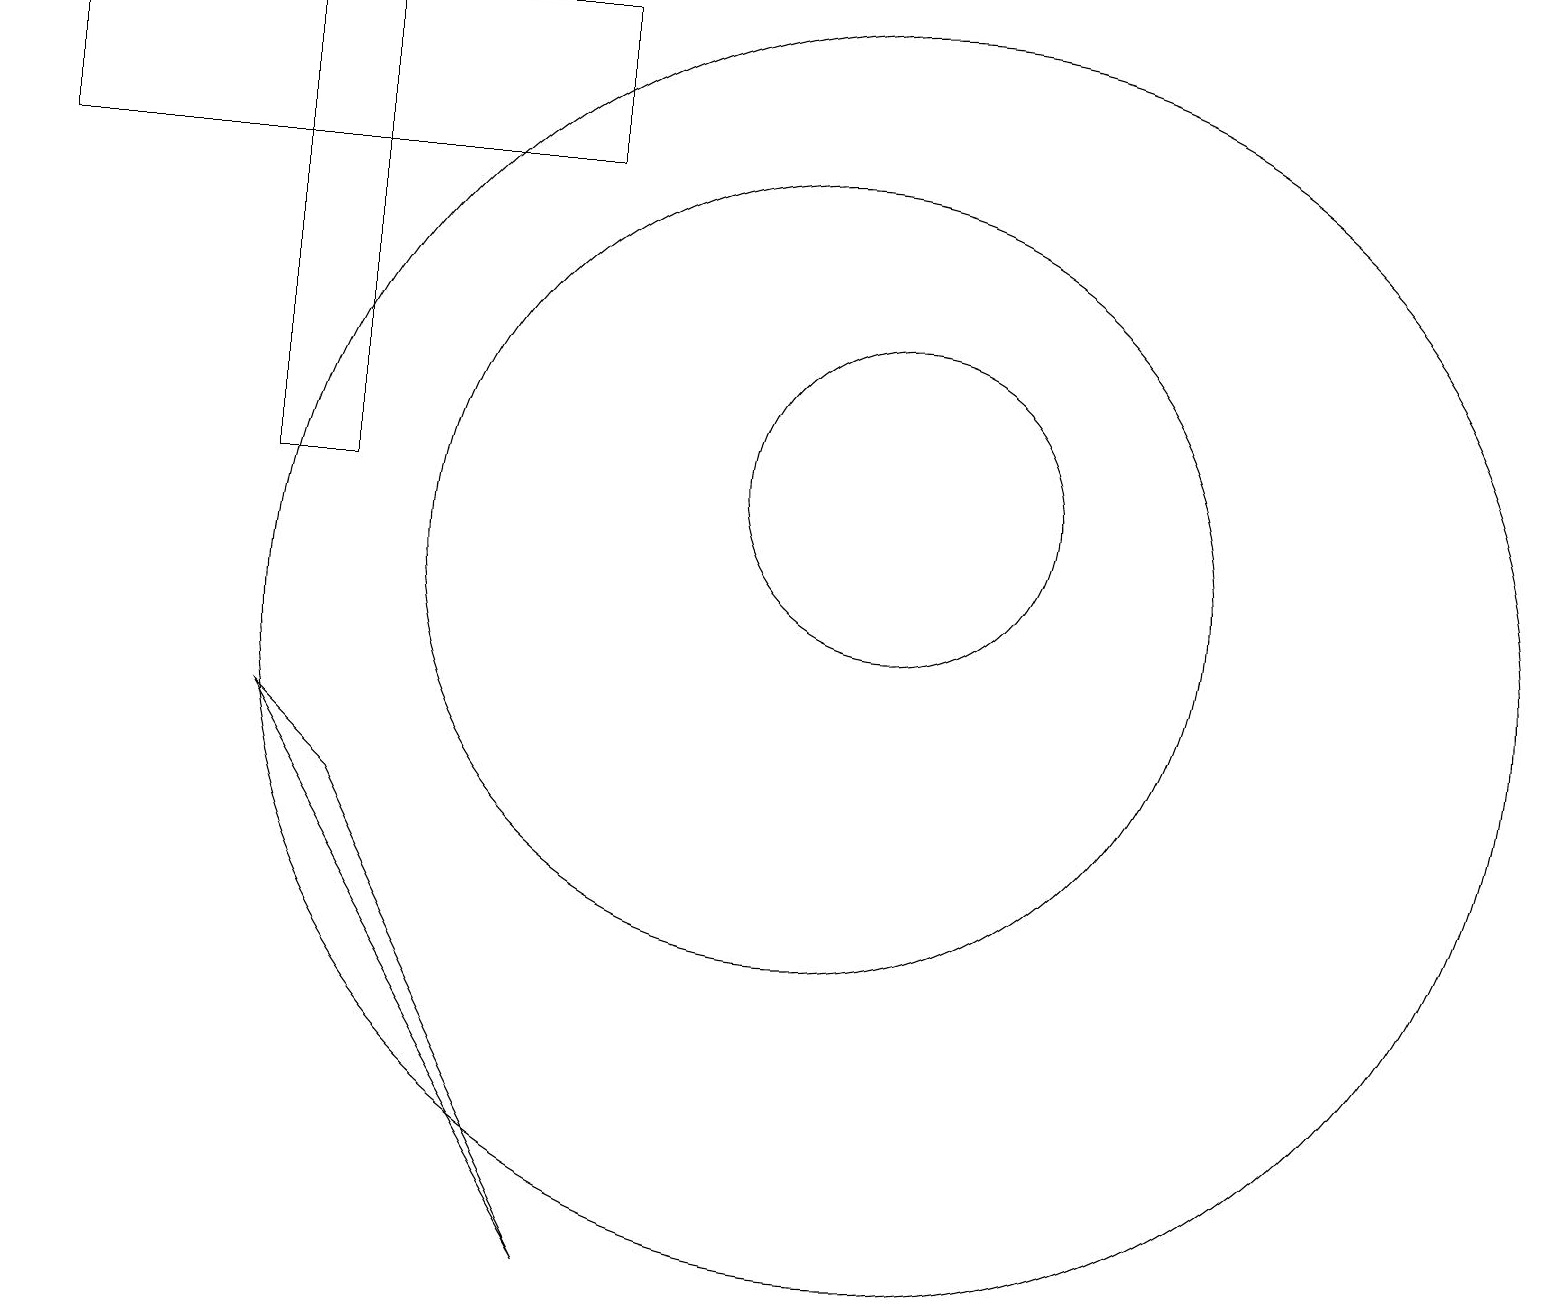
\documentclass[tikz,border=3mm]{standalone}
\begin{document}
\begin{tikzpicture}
\draw (10,11) circle (5);
\draw (0,16) rectangle (7,18);
\draw (11,12) circle (2);
\draw (3,12) rectangle (4,18);
\draw (3,9) -- (7,2) -- (4,8) -- cycle;
\draw (11,10) circle (8);
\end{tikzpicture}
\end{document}